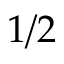
1 / 2